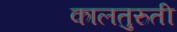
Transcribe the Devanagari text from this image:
कालतुरुती